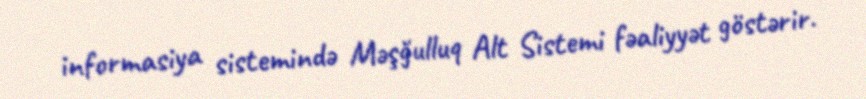
informasiya sistemində Məşğulluq Alt Sistemi fəaliyyət göstərir.